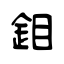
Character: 鉬